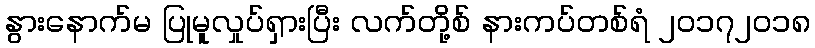
နွားနောက်မ ပြုမူလှုပ်ရှားပြီး လက်တို့စ် နားကပ်တစ်ရံ ၂၀၁၇၂၀၁၈